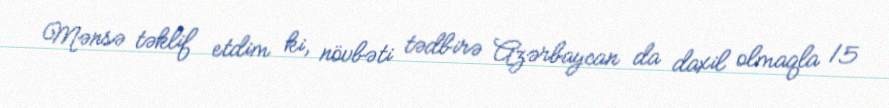
Mənsə təklif etdim ki, növbəti tədbirə Azərbaycan da daxil olmaqla 15